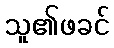
သူ၏ဖခင်